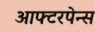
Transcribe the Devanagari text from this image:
आफ्टरपेन्स